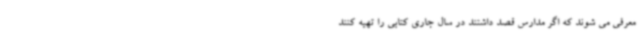
معرفی می شوند که اگر مدارس قصد داشتند در سال جاری کتابی را تهیه کنند